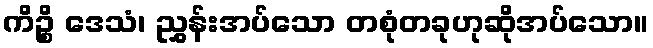
ကိဉ္စိ ဒေသံ၊ ညွှန်းအပ်သော တစုံတခုဟုဆိုအပ်သော။